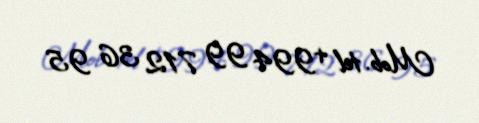
Mob. tel +994 99 712 36 95